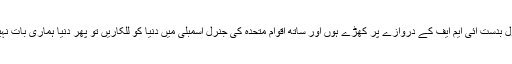
اگر ہم کشکول بدست آئی ایم ایف کے دروازے پر کھڑے ہوں اور ساتھ اقوامِ متحدہ کی جنرل اسمبلی میں دنیا کو للکاریں تو پھر دنیا ہماری بات نہیں سنے گی۔